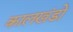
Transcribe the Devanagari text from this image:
कालखंडो